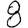
Digit: 8